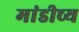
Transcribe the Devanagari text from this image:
मांडीच्य